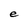
Character: e